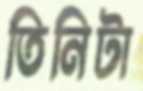
তিনিটা